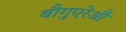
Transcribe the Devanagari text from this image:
बौगुएरेऔ